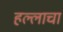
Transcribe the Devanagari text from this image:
हल्लाचा